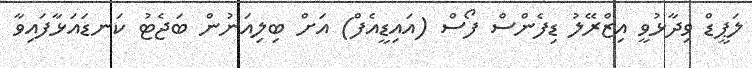
ލަޕީޑް ވިދާޅުވީ އިޒްރޭލު ޑިފެންސް ފޯސް (އައިޑީއެފް) އަށް ބިލިއަނުން ބަޖެޓު ކަނޑައަޅާފައިވާ